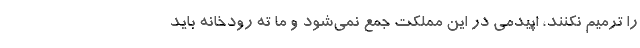
را ترمیم نکنند، اپیدمی در این مملکت جمع نمی‌شود و ما ته رودخانه باید